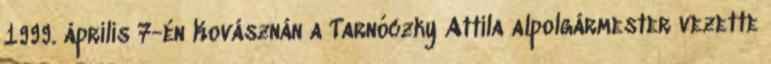
1999. április 7-én Kovásznán a Tarnóczky Attila alpolgármester vezette